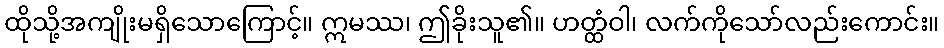
ထိုသို့အကျိုးမရှိသောကြောင့်။ ဣမဿ၊ ဤခိုးသူ၏။ ဟတ္ထံဝါ၊ လက်ကိုသော်လည်းကောင်း။